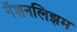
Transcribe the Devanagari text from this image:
नॅशनलिझम